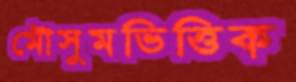
মৌসুমভিত্তিক